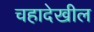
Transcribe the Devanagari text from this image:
चहादेखील